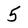
Character: 5